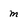
Character: m